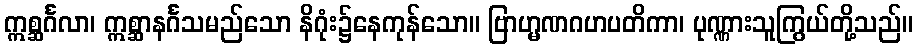
ဣစ္ဆင်္ဂလာ၊ ဣစ္ဆာနင်္ဂသမည်သော နိဂုံး၌နေကုန်သော။ ဗြာဟ္မဏဂဟပတိကာ၊ ပုဏ္ဏားသူကြွယ်တို့သည်။